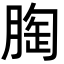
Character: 𮌚